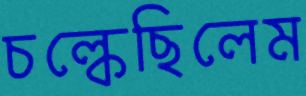
চল্‌কেছিলেম